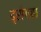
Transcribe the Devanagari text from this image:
ड्रोगबा